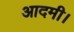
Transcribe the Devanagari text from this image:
आदमी।